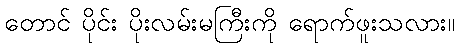
တောင် ပိုင်း ပိုးလမ်းမကြီးကို ရောက်ဖူးသလား။